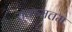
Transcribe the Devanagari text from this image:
सूक्ष्मत्तम